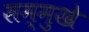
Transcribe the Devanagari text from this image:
सम्मुखे